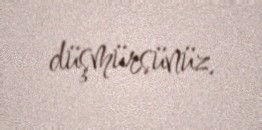
düşmürsünüz.